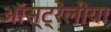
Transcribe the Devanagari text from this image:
ऑस्ट्रेलीया